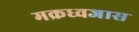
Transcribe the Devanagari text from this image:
मक्रध्वजास